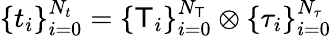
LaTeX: \{ t_{i}\} _{i=0}^{N_{t}}=\{ \mathsf{T}_{i}\} _{i=0}^{N_{\mathsf{T}}}\otimes\{ \tau_{i}\} _{i=0}^{N_{\tau}}